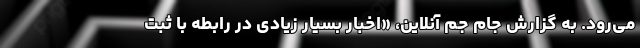
می‌رود. به گزارش جام جم آنلاین، «اخبار بسیار زیادی در رابطه با ثبت